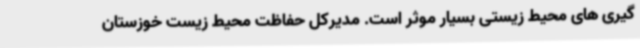
گیری های محیط زیستی بسیار موثر است. مدیرکل حفاظت محیط زیست خوزستان